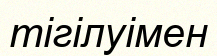
тігілуімен